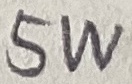
Text: 5W